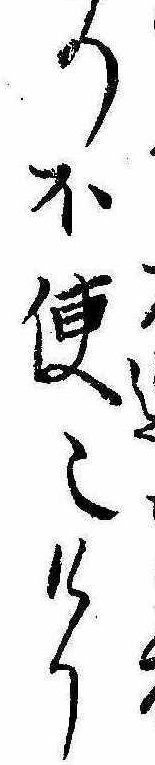
の不便也けり